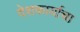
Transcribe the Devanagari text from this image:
देशकार्याचा